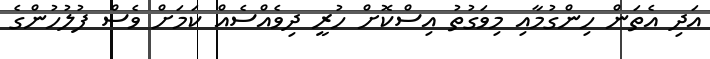
އަދި އެތަން ހިންގުމާއި މިވަގުތު އިސްކޮށް ހުރީ ދިވެއްސެއް ކަމަށް ވެސް ފުލުހުންގެ